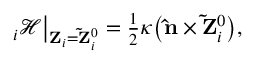
\begin{array} { r } { { \bf \nabla } _ { i } \mathcal { H } \big | _ { { \bf Z } _ { i } = { \bf \tilde { Z } } _ { i } ^ { 0 } } = \frac { 1 } { 2 } \kappa \big ( { \bf \hat { n } } \times { \bf \tilde { Z } } _ { i } ^ { 0 } \big ) , } \end{array}